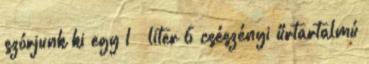
szórjunk ki egy 1 ½ liter 6 csészényi űrtartalmú